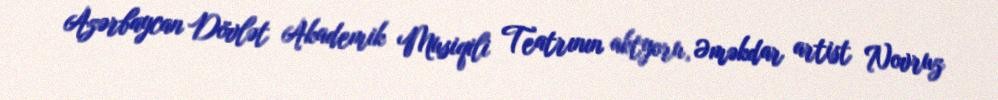
Azərbaycan Dövlət Akademik Musiqili Teatrının aktyoru, Əməkdar artist Novruz